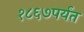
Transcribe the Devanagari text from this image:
१८६७पर्यंत